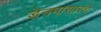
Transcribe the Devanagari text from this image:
डेनपासारचे